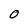
Character: O